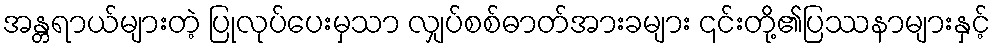
အန္တရာယ်များတဲ့ ပြုလုပ်ပေးမှသာ လျှပ်စစ်ဓာတ်အားခများ ၎င်းတို့၏ပြဿနာများနှင့်